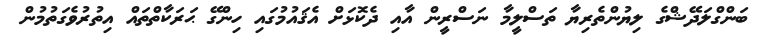
ބަންގްލަދޭޝްގެ ލިޔުންތެރިޔާ ތަސްލީމާ ނަސްރީން އާއި ދެކޮޅަށް އެޤައުމުގައި ހިންގޭ ޙަރަކާތްތައް އިތުރުވެގަތުމުން